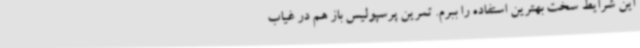
این شرایط سخت بهترین استفاده را ببرم. تمرین پرسپولیس باز هم در غیاب